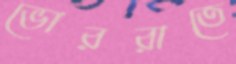
ভোররাতে